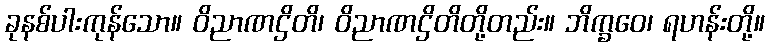
ခုနစ်ပါးကုန်သော။ ဝိညာဏဌိတိ၊ ဝိညာဏဌိတိတို့တည်း။ ဘိက္ခဝေ၊ ရဟန်းတို့။